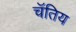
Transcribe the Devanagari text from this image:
चॅतिय